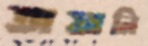
তায়ানি